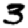
Digit: 3